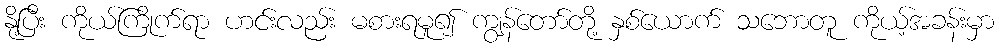
နို့ပြီး ကိုယ်ကြိုက်ရာ ဟင်းလည်း မစားရမူ၍ ကျွန်တော်တို့ နှစ်ယောက် သဘောတူ ကိုယ့်အခန်းမှာ